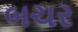
બચર